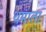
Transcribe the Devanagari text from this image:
थमाता